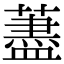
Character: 藎